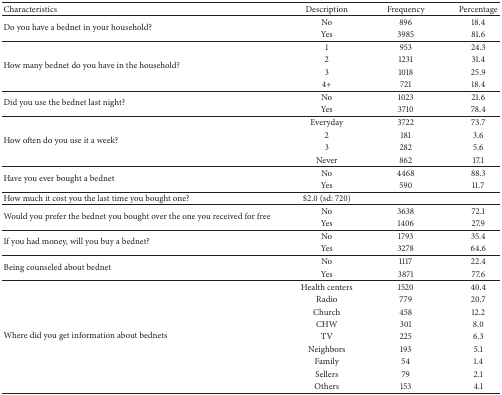
| Characteristics | Description | Frequency | Percentage |
 | --- | --- | --- | --- |
 | <ROWSPAN=2> Do you have a bednet in your household? | No | 896 | 18.4 |
 | Yes | 3985 | 81.6 |
 | <ROWSPAN=4> How many bednet do you have in the household? | 1 | 953 | 24.3 |
 | 2 | 1231 | 31.4 |
 | 3 | 1018 | 25.9 |
 | 4+ | 721 | 18.4 |
 | <ROWSPAN=2> Did you use the bednet last night? | No | 1023 | 21.6 |
 | Yes | 3710 | 78.4 |
 | <ROWSPAN=4> How often do you use it a week? | Everyday | 3722 | 73.7 |
 | 2 | 181 | 3.6 |
 | 3 | 282 | 5.6 |
 | Never | 862 | 17.1 |
 | <ROWSPAN=2> Have you ever bought a bednet | No | 4468 | 88.3 |
 | Yes | 590 | 11.7 |
 | How much it cost you the last time you bought one? | $2.0 (sd: 720) |  |  |
 | <ROWSPAN=2> Would you prefer the bednet you bought over the one you received for free | No | 3638 | 72.1 |
 | Yes | 1406 | 27.9 |
 | <ROWSPAN=2> If you had money, will you buy a bednet? | No | 1793 | 35.4 |
 | Yes | 3278 | 64.6 |
 | <ROWSPAN=2> Being counseled about bednet | No | 1117 | 22.4 |
 | Yes | 3871 | 77.6 |
 | <ROWSPAN=9> Where did you get information about bednets | Health centers | 1520 | 40.4 |
 | Radio | 779 | 20.7 |
 | Church | 458 | 12.2 |
 | CHW | 301 | 8.0 |
 | TV | 225 | 6.3 |
 | Neighbors | 193 | 5.1 |
 | Family | 54 | 1.4 |
 | Sellers | 79 | 2.1 |
 | Others | 153 | 4.1 |